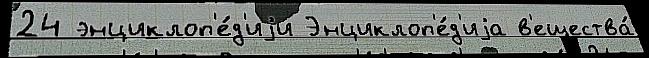
24 энциклоп'е́д'иjи Энциклоп'е́д'иjа в'ещества́